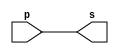
// ----------------------------------------------------------------------------------------
// Exemplo0005 - XOR
// Nome: Dbora Deslandes de Almeida
// ----------------------------------------------------------------------------------------
//
// ----------------------------------------------------------------------------------------
// -- buffer
// ----------------------------------------------------------------------------------------
	module buffer (output s, input p);
		assign s = p; //vinculo permanente (dependencia)
	endmodule // buffer
//	
// ----------------------------------------------------------------------------------------
// -- testbuffer
// ----------------------------------------------------------------------------------------
	module testbuffer;
		// --------------------------------------------------------------------- dados locais
		reg a; //registrador (independente)
		wire s; //conexao -> fio 
				  // (variavel dependente
		// ------------------------------------------------------------------------ instancia
		buffer banana (s,a);
		// ----------------------------------------------------------------------- preparacao
		initial begin: start
//			a = 0; //valor inicial
		end
		// ------------------------------------------------------------------- parte principal
		initial begin: main
			//execuao unitaria(imprime somente uma vez)
//			$display ("\nExemplo 001 - Debora Deslandes de Almeida Batista");
//			$display ("\nMatricula: 451549");
//			$display ("\nTeste buffer");
//			$display ("\n\t\t\tTime\ta = s");
			//execucao permanete - imprime sempre que mudar o valor da entrada ou da saida
//			$monitor ("\n\t%d\t%b = %b" , $time,a,s);
				//apos x unidades de tempo
//				#1 a = 1;
//				#2 a = 0;
		end
	endmodule // testbuffer
	
// -----------------------------------------------------------------------------------------
// -- not gate
// -----------------------------------------------------------------------------------------
	module notgate ( output s, input p);
		assign s = ~p;
	endmodule // notgate
	
// -----------------------------------------------------------------------------------------
// -- test not gate
// -----------------------------------------------------------------------------------------
	module testnotgate;
	// ------------------------------------------------------------------------- dados locais
	reg a;
	wire s;
	// ---------------------------------------------------------------------------- instancia
	notgate uva (s,a);
	// --------------------------------------------------------------------------- preparacao
	initial begin : start
//		a = 0; //valor inicial
	end
	// ---------------------------------------------------------------------- parte principal
	initial begin
//		$display ("Exemplo 0002 - Debora Deslandes de Almeida Batista");
//		$display ("Matricula: 451549");
//		$display ("Teste NOT gate");
//		$display ("\n~a = s\n");
//		a = 0;
//		#1 $display ("~%b = %b", a, s);
//			a = 1;
//		#1 $display ("~%b = %b", a, s);

	end
endmodule // testnotgate

// -----------------------------------------------------------------------------------------
// -- and gate
// -----------------------------------------------------------------------------------------

module andgate (output s, input q, input p);
	assign s = p&q;
endmodule // andgate

// -----------------------------------------------------------------------------------------
// -- test and gate
// -----------------------------------------------------------------------------------------
module testandgate;
	// ------------------------------------------------------------------------- dados locais
	reg a,b;
	wire s;
	// ---------------------------------------------------------------------------- instancia
	andgate morango (s,a,b);
	// --------------------------------------------------------------------------- preparacao
	initial begin:start
//		a = 0;
//		b = 0;
	end
	// ---------------------------------------------------------------------- parte principal
	initial begin
//		$display ("Exemplo 0003 - Debora Deslandes de Almeida Batista");
//		$display ("Matricula : 451549");
//		$display ("Test AND gate");
//		$display ("\na & b = s\n");
//		a = 0;
//		b = 0;
//		$monitor ("%b & %b = %b", a,b,s);
//			#1 a = 0; b = 0;
//			#1 a = 1; b = 0;
//			#1 a = 1; b = 1;
	end
endmodule // testandgate

// -----------------------------------------------------------------------------------------
// -- or gate
// -----------------------------------------------------------------------------------------
module orgate (output s, input p,q);
	assign s = p|q;
endmodule // orgate
// -----------------------------------------------------------------------------------------
// -- test or gate
// -----------------------------------------------------------------------------------------
module testorgate;
	// ------------------------------------------------------------------------- dados locais
	reg a,b;
	wire s;
	// ---------------------------------------------------------------------------- instancia
	orgate abacaxi (s,a,b);
	// --------------------------------------------------------------------------- preparacao
	initial begin : start
//		a = 0;
//		b = 0;
	end
	// ---------------------------------------------------------------------- parte principal
	initial begin
//		$display ("Exemplo0004 - Debora Deslandes de Almeida Batista");
//		$display ("Matricula : 451549");
//		$display ("Test OR gate");
//		$display ("\na & b = s\n");
//		 a = 0; b = 0;
//		$monitor ("%b & %b = %b" ,a,b,s);
//			#1 a = 0; b = 1;
//			#1 a = 1; b = 0;
//			#1 a = 1; b = 1;
	end
endmodule // testorgate

// -----------------------------------------------------------------------------------------
// -- xor gate
// -----------------------------------------------------------------------------------------
module xorgate (output [0:3] s, input [0:3]p, input [0:3]q);
	assign s = p^q;
endmodule // xor
// -----------------------------------------------------------------------------------------
// -- test xorgate
// -----------------------------------------------------------------------------------------
module testxorgate;
	// ------------------------------------------------------------------------- dados locais
	reg [0:3]a,b;
	wire [0:3]s;
	// ---------------------------------------------------------------------------- instancia
	xorgate coco (s,a,b);
	// --------------------------------------------------------------------------- preparacao
	initial begin : start
		a = 4'b0011;
		b = 4'b0101;
	end
	// ---------------------------------------------------------------------- parte principal
	initial begin
		$display ("Exemplo 0005 - Debora Deslandes de Almeida Batista");
		$display ("Matricula : 451549");
		$display ("Test xor gate");
		$display ("\na ^ b = s\n");
		$monitor ("\n%b ^ %b = %b", a,b,s);
			#1 a = 0; b = 0;
			#1 a = 4'b0010; b = 4'b0001;
			#1 a = 4'd1; b = 3;
			#1 a = 4'o5; b = 2;
			#1 a = 4'hA; b = 3;
			#1 a = 4'h9; b = 4'o3;
	end
endmodule // testxorgate